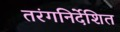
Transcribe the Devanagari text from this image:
तरंगनिर्देशित